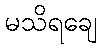
မသိရချေ